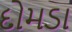
દોમડા